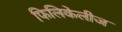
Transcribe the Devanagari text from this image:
फिलिकेलीज